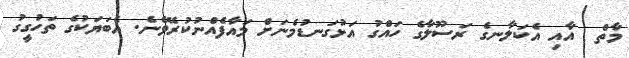
މާތް  އާއި އެކަލާނގެ ރަސޫލާގެ ހައްގު އަޅުގަނޑުމެނަށް މައާފެއްނުކުރެވޭނެ. އެބަޔަކުގެ ތަހުގީގު